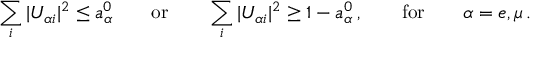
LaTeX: \sum _ { i } | U _ { { \alpha } i } | ^ { 2 } \leq a _ { \alpha } ^ { 0 } \qquad \mathrm { o r } \qquad \sum _ { i } | U _ { { \alpha } i } | ^ { 2 } \geq 1 - a _ { \alpha } ^ { 0 } \, , \qquad \mathrm { f o r } \qquad \alpha = e , \mu \, .